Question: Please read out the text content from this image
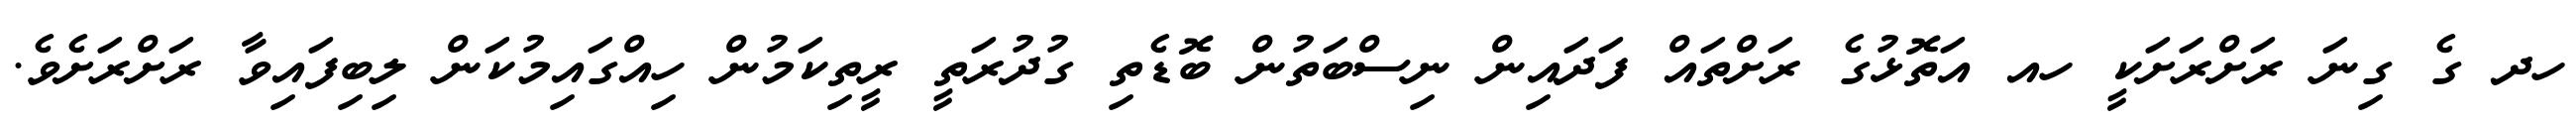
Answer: ހދ ގެ ގިނަ ރަށްރަށަކީ ހއ އަތޮޅުގެ ރަށްތައް ފަދައިން ނިސްބަތުން ބޮޑެތި ގުދުރަތީ ރީތިކަމުން ހިއްގައިމުކަން ލިބިފައިވާ ރަށްރަށެވެ.